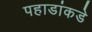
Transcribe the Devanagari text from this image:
पहाडांकडे